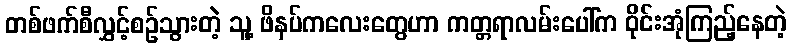
တစ်ဖက်စီလွှင့်စဉ်သွားတဲ့ သူ့ ဖိနပ်ကလေးတွေဟာ ကတ္တရာလမ်းပေါ်က ဝိုင်းအုံကြည့်နေတဲ့